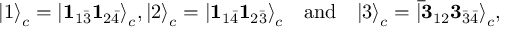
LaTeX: { | 1 \rangle } _ { c } = { | { \bf 1 } _ { 1 \bar { 3 } } { \bf 1 } _ { 2 \bar { 4 } } \rangle } _ { c } , { | 2 \rangle } _ { c } = { | { \bf 1 } _ { 1 \bar { 4 } } { \bf 1 } _ { 2 \bar { 3 } } \rangle } _ { c } \mathrm { \ \ \ a n d \ \ \ } { | 3 \rangle } _ { c } = { | { \bf \bar { 3 } } _ { 1 2 } { \bf 3 } _ { \bar { 3 } \bar { 4 } } \rangle } _ { c } ,